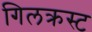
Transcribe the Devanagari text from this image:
गिलक्रस्ट